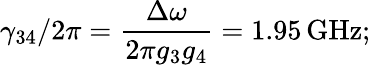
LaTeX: \gamma_{34}/2\pi=\frac{\Delta\omega}{2\pi g_{3}g_{4}}=1.95\, \mathrm{GHz};